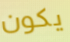
يكون